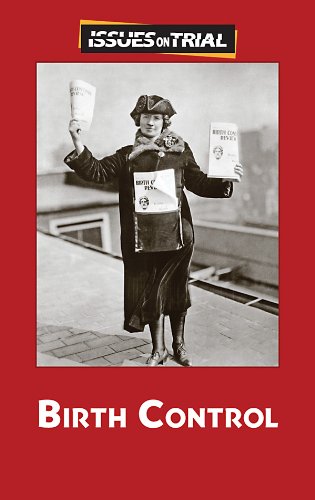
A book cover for Birth Control (Issues on Trial); Noel Merino; Teen & Young Adult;